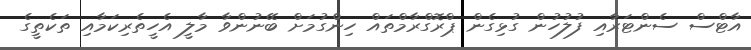
އާޓްސް ސެންޓަރާއި ފުލުހުން ގުޅިގެން ޕްރޮގްރާމްތައް ހިންގުމަށް ބޭނުންވާ މާލީ އެހީތެރިކަމާއި ތަކެތީގެ